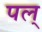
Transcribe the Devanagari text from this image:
पल्